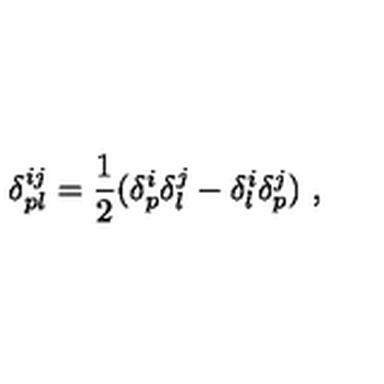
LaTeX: \delta _ { p l } ^ { i j } = { \frac { 1 } { 2 } } ( \delta _ { p } ^ { i } \delta _ { l } ^ { j } - \delta _ { l } ^ { i } \delta _ { p } ^ { j } ) \ ,